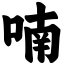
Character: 喃